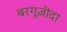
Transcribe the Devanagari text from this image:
बरगूज़ीदा